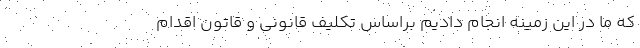
که ما در این زمینه انجام دادیم براساس تکلیف قانونی و قاتون اقدام